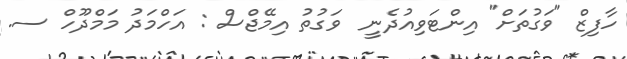
ހާފިޒް "ވަގުތަށް" އިންޓަވިއުދެނީ  ވަގުތު އިމޭޖްސް : އަހްމަދު މަމްދޫހް ސ.